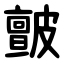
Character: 皽